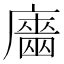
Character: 𢋦